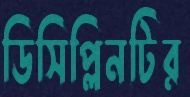
ডিসিপ্লিনটির